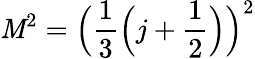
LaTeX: \mathit{M}^{2}={\Big(}{\frac{{1}}{{3}}}{\Big(}j+{\frac{{1}}{{2}}}{\Big)}{\Big)}^{2}